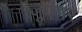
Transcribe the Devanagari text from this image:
जुएंगर